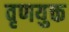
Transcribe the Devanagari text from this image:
वृणयुक्त